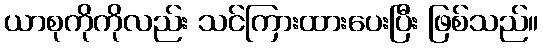
ယာစုကိုကိုလည်း သင်ကြားထားပေးပြီး ဖြစ်သည်။